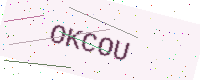
Text: OKCOU